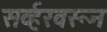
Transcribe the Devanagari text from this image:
सर्व्हरवरून